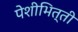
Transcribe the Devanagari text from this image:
पेशीभित्ती